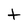
Character: t